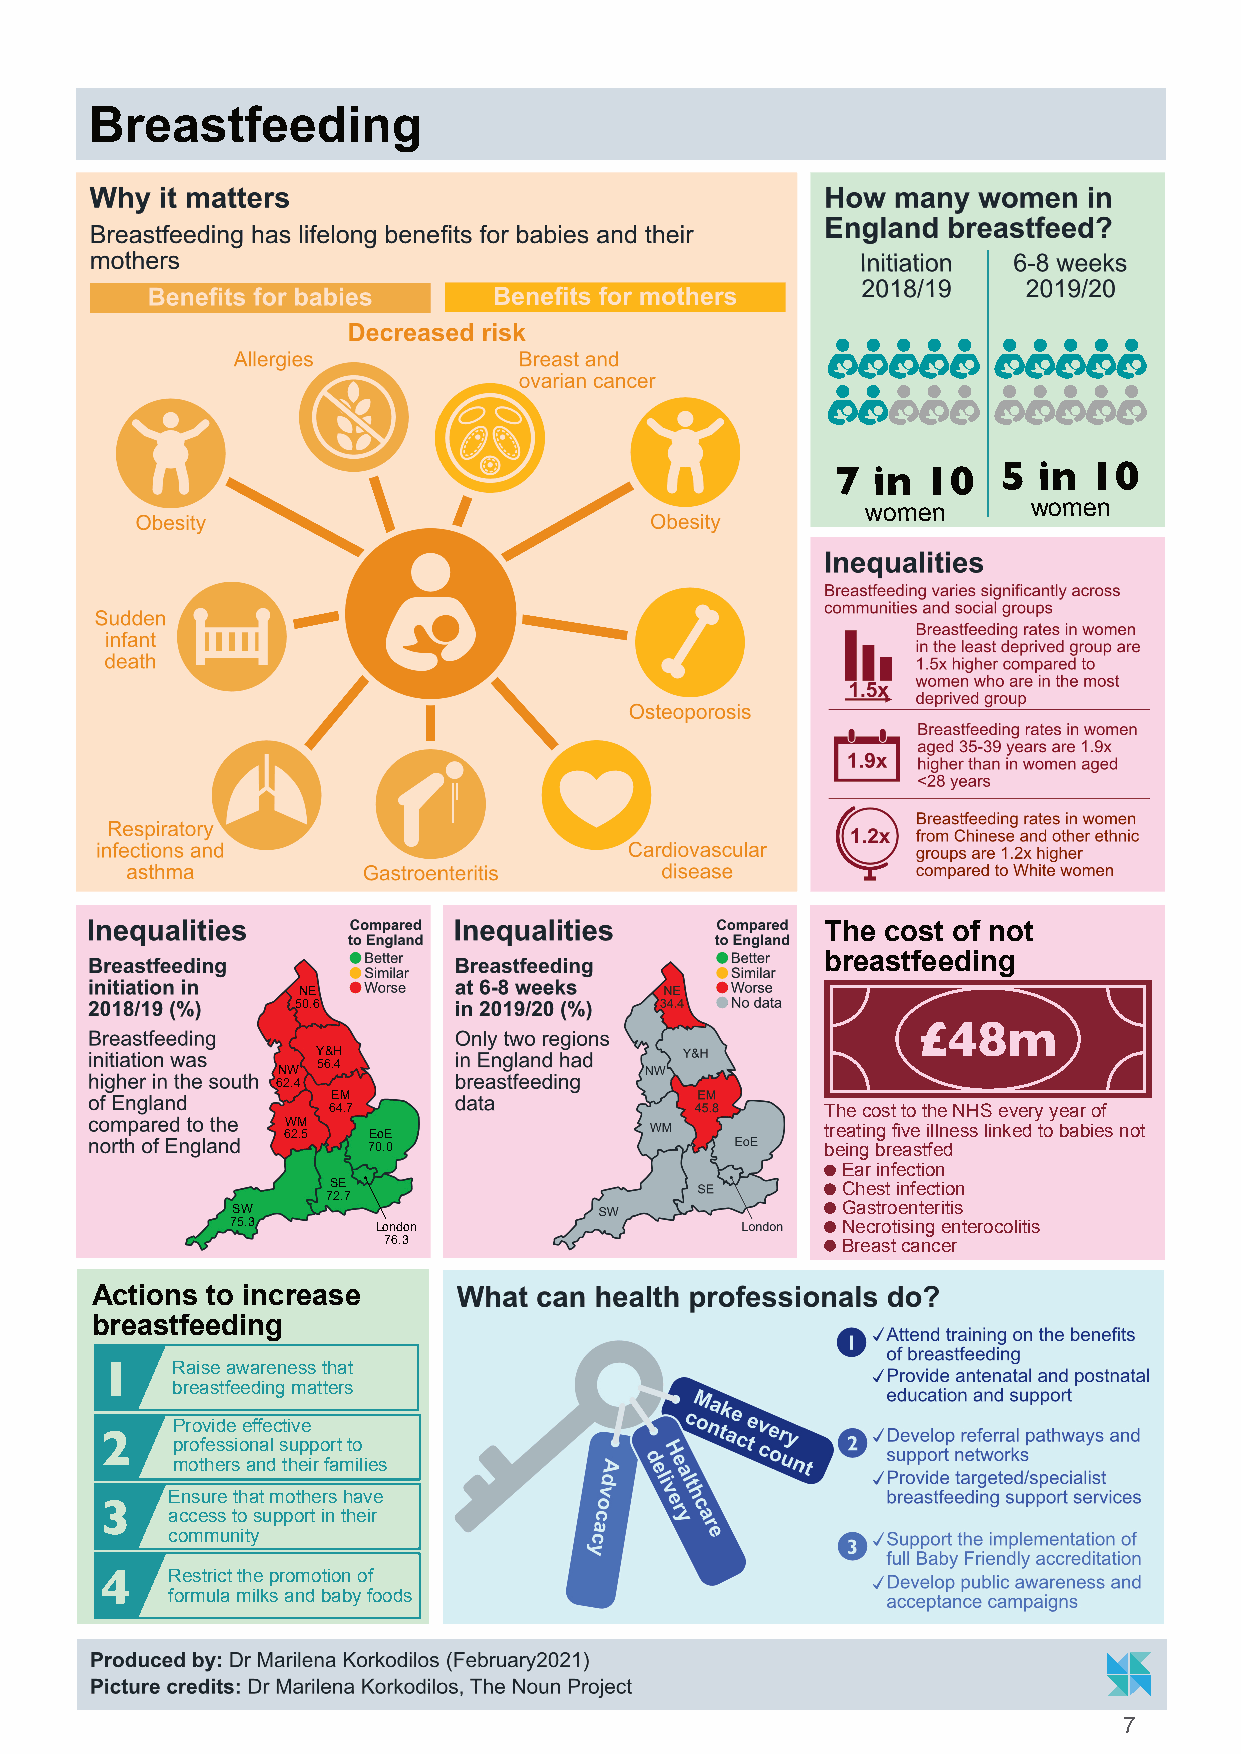
Breastfeeding
 7  in 10   5  in 10
 women      women
 The cost of not
 breastfeeding
 NE
 50.6
 £48m
 Y&H
 56.4
 NW
 62.4
 EM
 64.7                             ThecosttotheNHSeveryyearof
 WM
 treatingfiveillnesslinkedtobabiesnot
 62.5 EoE
 70.0                           beingbreastfed
 Earinfection
 SE                                Chestinfection
 72.7
 SW                                       Gastroenteritis
 75.3      London                         Necrotisingenterocolitis
 76.3                           Breastcancer
 Actions to increase
 breastfeeding
 1   Raiseawarenessthat
 breastfeedingmatters
 Provideeffective
 2
 professionalsupportto
 mothersandtheirfamilies
 Ensurethatmothershave
 3
 accesstosupportintheir
 community
 4   Restrictthepromotionof
 formulamilksandbabyfoods
 7